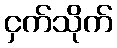
ငှက်သိုက်